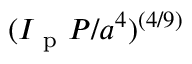
( I _ { \mathrm { ~ p ~ } } P / a ^ { 4 } ) ^ { ( 4 / 9 ) }